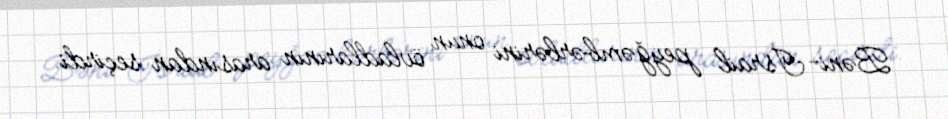
Bəni-İsrail peyğəmbərlərini onun övladlarının arasından seçirdi.